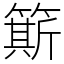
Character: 簛